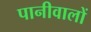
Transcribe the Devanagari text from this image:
पानीवालों